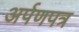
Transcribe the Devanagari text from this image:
अर्पणपत्र